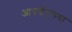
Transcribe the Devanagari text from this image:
आयपीएलचा